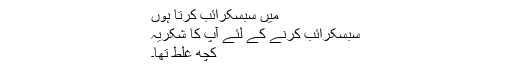
میں سبسکرائب کرتا ہوں
سبسکرائب کرنے کے لئے آپ کا شکریہ
کچھ غلط تھا۔